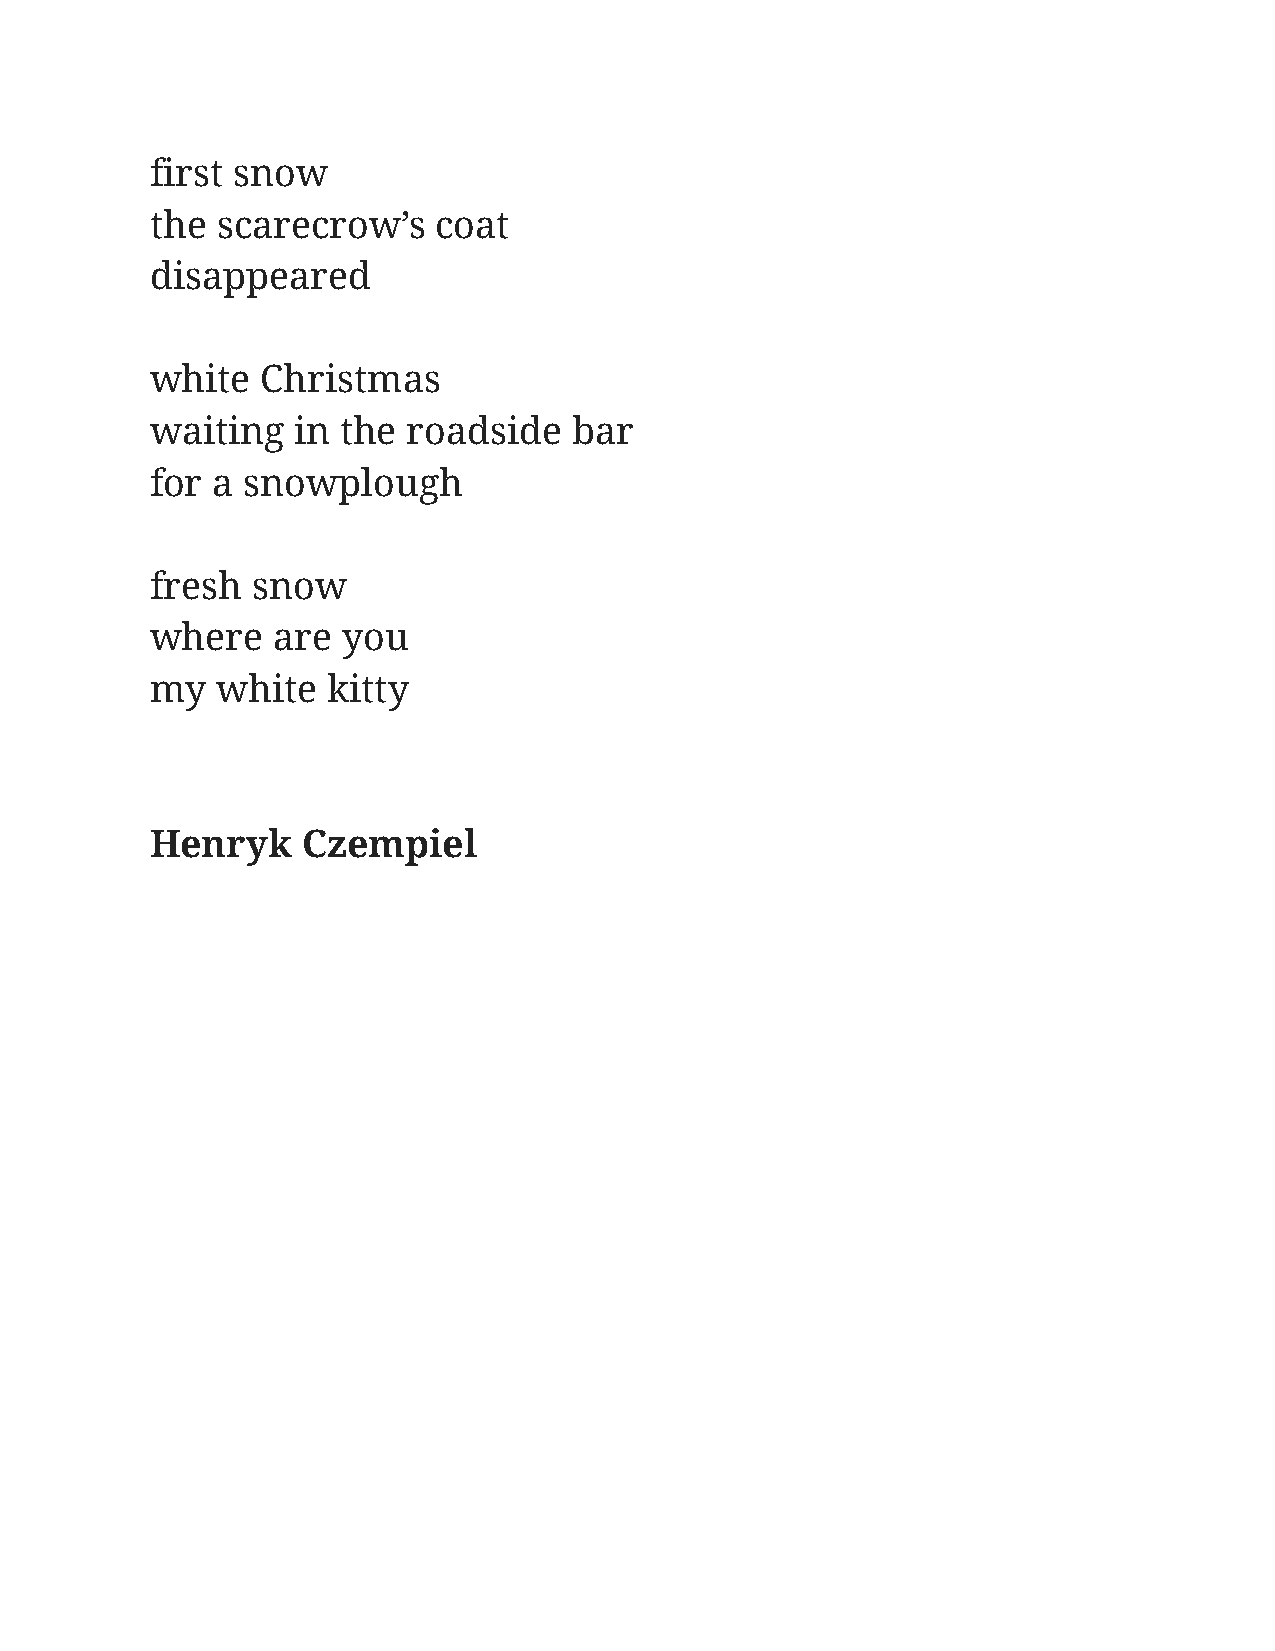
first snow
 the scarecrow’s    coat
 disappeared
 white  Christmas
 waiting   in the roadside   bar
 for a snowplough
 fresh  snow
 where   are  you
 my  white   kitty
 Henryk    Czempiel